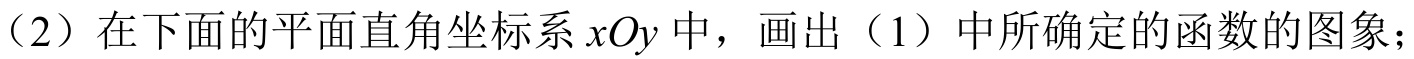
（2）在下面的平面直角坐标系 \(xOy\) 中，画出（1）中所确定的函数的图象；